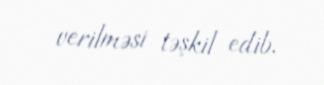
verilməsi təşkil edib.